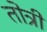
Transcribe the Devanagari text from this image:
तोत्री